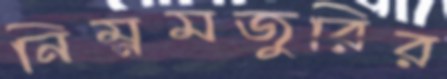
নিম্নমজুরির